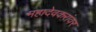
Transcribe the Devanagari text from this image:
महादेवकरांवर